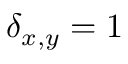
\delta _ { x , y } = 1